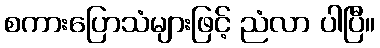
စကားပြောသံများဖြင့် ညံလာ ပါပြီ။